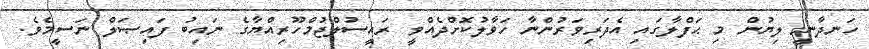
ހަނދާނީ ލިޔުން މި ޙަފްލާގައި އެދަރިވަރުންނާ ހަވާލުކޮށްދެއްވީ ރައީސުލްޖުމްހޫރިއްޔާގެ ނައިބު ފައިޞަލް ނަސީމެވެ.